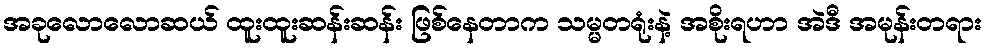
အခုလောလောဆယ် ထူးထူးဆန်းဆန်း ဖြစ်နေတာက သမ္မတရုံးနဲ့ အစိုးရဟာ အဲဒီ အမုန်းတရား